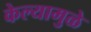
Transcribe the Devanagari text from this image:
केल्‍यामुळे